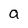
Character: a